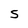
Character: S